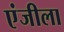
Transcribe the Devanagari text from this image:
एंजीला